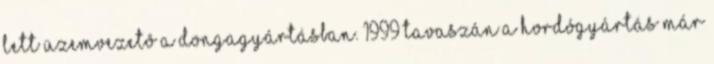
lett üzemvezetô a dongagyártásban. 1999 tavaszán a hordógyártás már